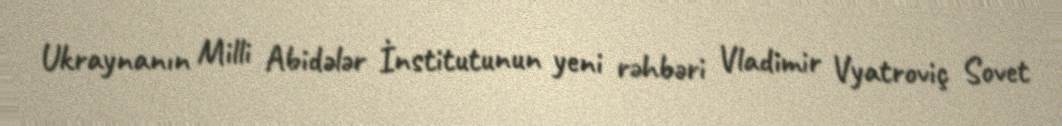
Ukraynanın Milli Abidələr İnstitutunun yeni rəhbəri Vladimir Vyatroviç Sovet